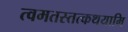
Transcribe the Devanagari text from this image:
त्वमतस्तत्कथयामि